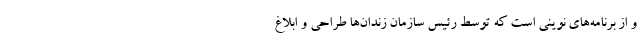
و از برنامه‌های نوینی است که توسط رئیس سازمان زندان‌ها طراحی و ابلاغ